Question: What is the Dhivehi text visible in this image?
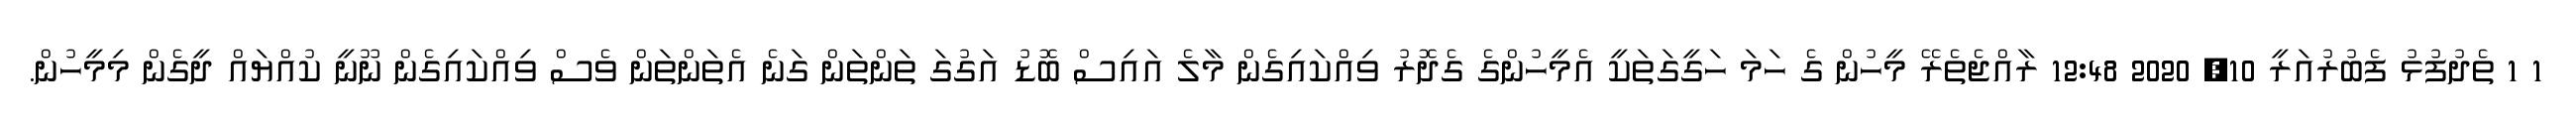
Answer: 1 1 ތެދުފުޅު ފެބުރުއަރީ 10, 2020 12:48 ރާއްޖެތެރޭ މީހުން ގެ ހަމަ ހަގީގަތަކީ އެމީހުންގެ ގެދޮރު ވިއްކައިގެން މާލެ އައިސް ބޮޑު އަގުގަ ތަންތަން ގަނެ އެތަންތަން ވެސް ވިއްކައިގެން ނޫނީ ކުއްޔައް ދީގެން މިމީހުން.